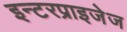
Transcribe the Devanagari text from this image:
इन्टरप्राइजेज